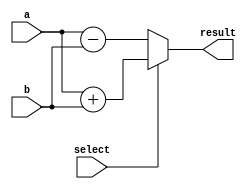
module combinational_logic (
    input wire [3:0] a,        // 4-bit input
    input wire [3:0] b,        // 4-bit input
    input wire select,         // Control signal for selecting operation
    output reg [3:0] result    // 4-bit output
);

// Always block for combinational logic
always @(*) begin
    // Combinational logic description using procedural assignment
    if (select) begin
        // If select is high, perform addition
        result = a + b;
    end else begin
        // If select is low, perform subtraction
        result = a - b;
    end
end

endmodule